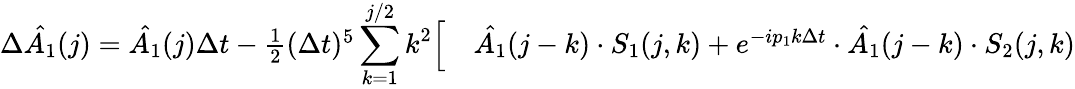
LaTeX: \begin{array}{rl}{\Delta\hat{A_{1}}(j)=\hat{A_{1}}(j)\Delta t-\frac{1}{2}(\Delta t)^{5}\displaystyle\sum_{k=1}^{j/2}k^{2}\Bigl[}&{{}\hat{A_{1}}(j-k)\cdot S_{1}(j,k)+e^{-ip_{1}k\Delta t}\cdot\hat{A_{1}}(j-k)\cdot S_{2}(j,k)}\end{array}